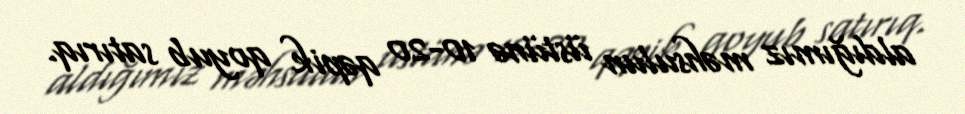
aldığımız məhsulun üstünə 10-20 qəpik qoyub satırıq.